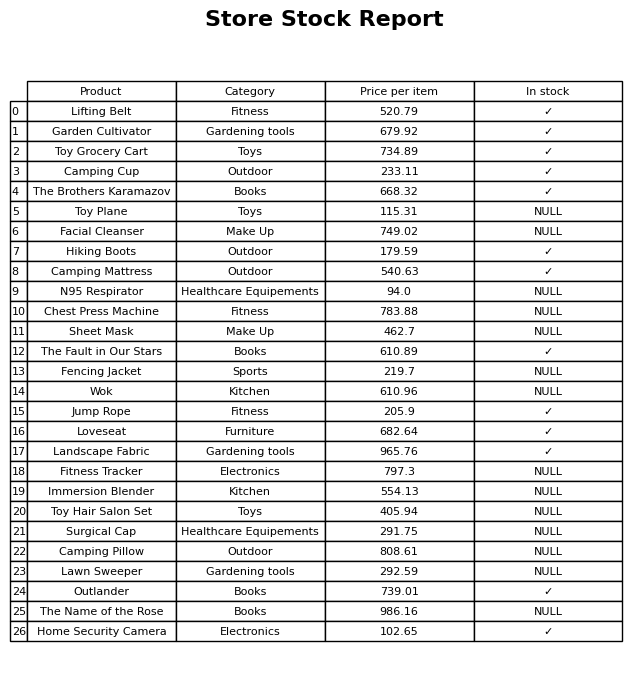
question: What is the price of the N95 Respirator?
answer: The price of N95 Respirator is 94.0.